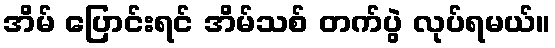
အိမ် ပြောင်းရင် အိမ်သစ် တက်ပွဲ လုပ်ရမယ်။